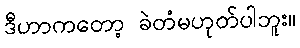
ဒီဟာကတော့ ခဲတံမဟုတ်ပါဘူး။